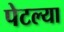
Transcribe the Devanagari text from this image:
पेटल्या